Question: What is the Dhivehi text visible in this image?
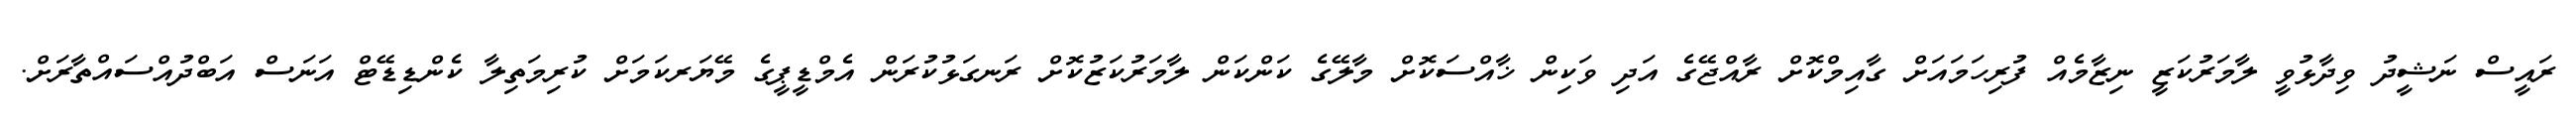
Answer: ރައީސް ނަޝީދު ވިދާޅުވީ ލާމަރުކަޒީ ނިޒާމެއް ފުރިހަމައަށް ގާއިމްކޮށް ރާއްޖޭގެ އަދި ވަކިން ޚާއްސަކޮށް މާލޭގެ ކަންކަން ލާމަރުކަޒުކޮށް ރަނގަޅުކުރަން އެމްޑީޕީގެ މޭޔަރކަމަށް ކުރިމަތިލާ ކެންޑިޑޭޓް އަނަސް އަބްދުއްސައްތާރަށް.